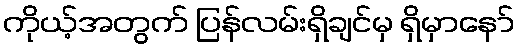
ကိုယ့်အတွက် ပြန်လမ်းရှိချင်မှ ရှိမှာနော်